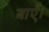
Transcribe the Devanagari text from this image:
बाएँ।